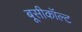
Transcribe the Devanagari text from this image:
बूसीकॉल्ट